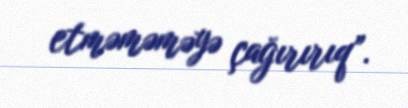
etməməməyə çağırırıq”.